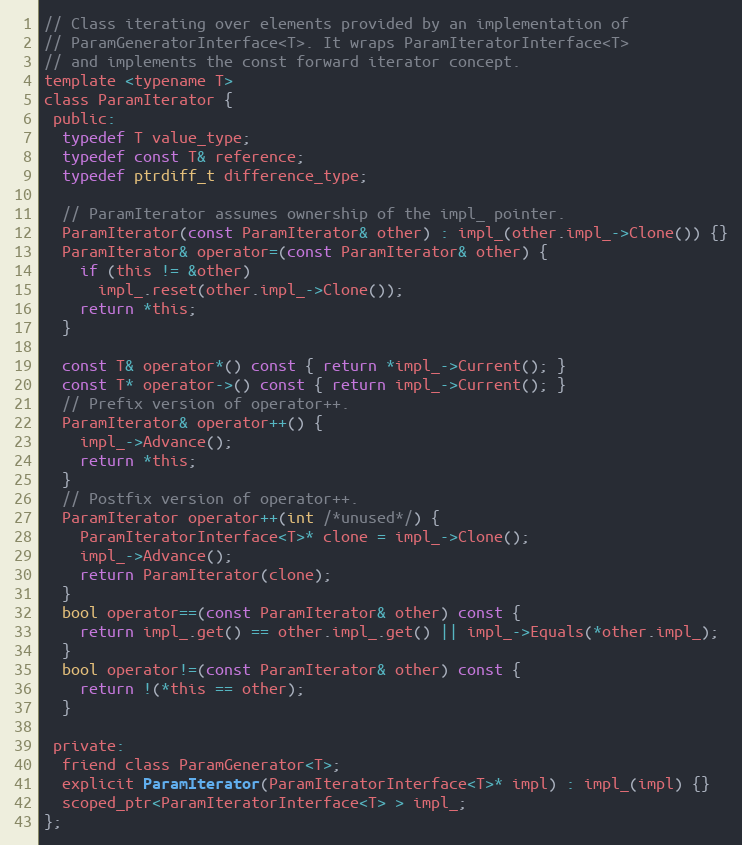
Language: C
// Class iterating over elements provided by an implementation of
// ParamGeneratorInterface<T>. It wraps ParamIteratorInterface<T>
// and implements the const forward iterator concept.
template <typename T>
class ParamIterator {
 public:
  typedef T value_type;
  typedef const T& reference;
  typedef ptrdiff_t difference_type;

  // ParamIterator assumes ownership of the impl_ pointer.
  ParamIterator(const ParamIterator& other) : impl_(other.impl_->Clone()) {}
  ParamIterator& operator=(const ParamIterator& other) {
    if (this != &other)
      impl_.reset(other.impl_->Clone());
    return *this;
  }

  const T& operator*() const { return *impl_->Current(); }
  const T* operator->() const { return impl_->Current(); }
  // Prefix version of operator++.
  ParamIterator& operator++() {
    impl_->Advance();
    return *this;
  }
  // Postfix version of operator++.
  ParamIterator operator++(int /*unused*/) {
    ParamIteratorInterface<T>* clone = impl_->Clone();
    impl_->Advance();
    return ParamIterator(clone);
  }
  bool operator==(const ParamIterator& other) const {
    return impl_.get() == other.impl_.get() || impl_->Equals(*other.impl_);
  }
  bool operator!=(const ParamIterator& other) const {
    return !(*this == other);
  }

 private:
  friend class ParamGenerator<T>;
  explicit ParamIterator(ParamIteratorInterface<T>* impl) : impl_(impl) {}
  scoped_ptr<ParamIteratorInterface<T> > impl_;
};